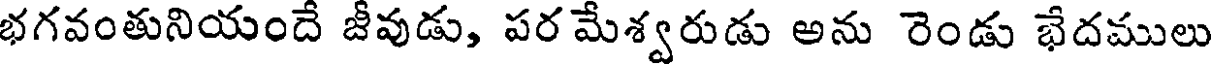
భగవంతునియందే జీవుడు, పర మేశ్వరుడు అను రెండు భేదములు